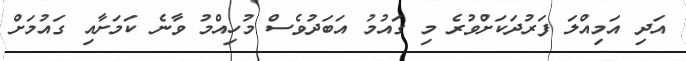
އަދި އަމިއްލަ ފަރުދަކަށްވުރެ މި ގައުމު އަބަދުވެސް މުހިއްމު ވާނެ ކަމަށާއި ގައުމަށް